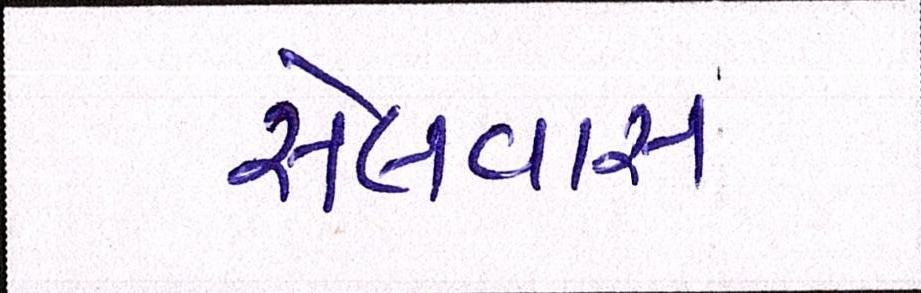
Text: સેલવાસ